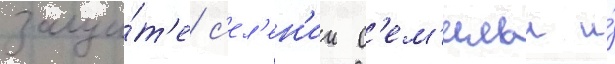
защи́т'е с'ел'ен'ии с'ем'ильи и́